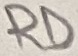
Text: RD